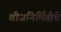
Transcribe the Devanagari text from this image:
वीजनिर्मितीचे